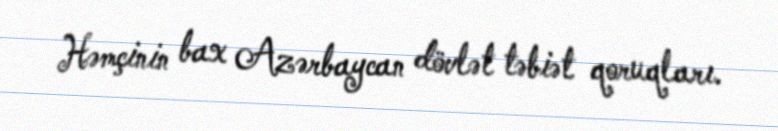
Həmçinin bax Azərbaycan dövlət təbiət qoruqları.